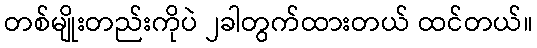
တစ်မျိုးတည်းကိုပဲ ၂ခါတွက်ထားတယ် ထင်တယ်။